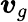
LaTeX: {\boldsymbol{\mathit{v}}}_{g}